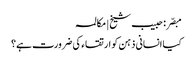
مبصّر: حبیب شیخ | مکالمہ
کیا انسانی ذہن کو ارتقاء کی ضرورت ہے؟